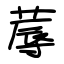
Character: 蓐